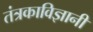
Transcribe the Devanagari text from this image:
तंत्रकाविज्ञानी